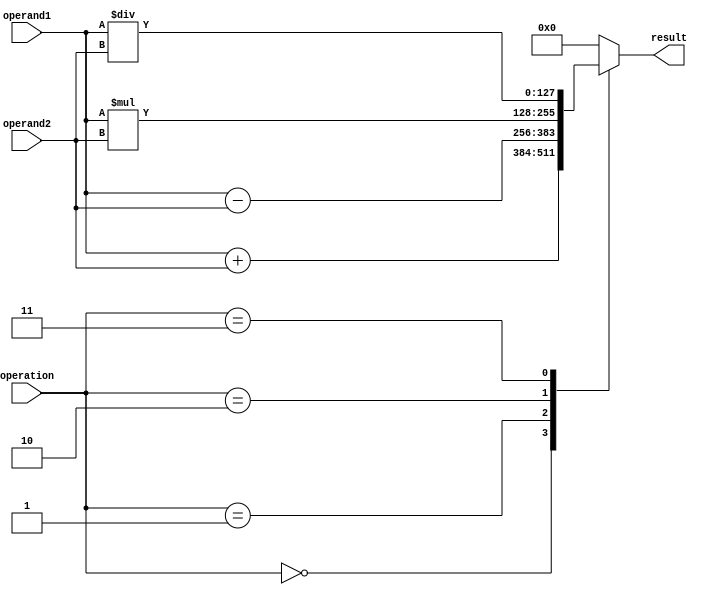
module quad_precision_fpu(
    input wire [127:0] operand1,
    input wire [127:0] operand2,
    input wire [2:0] operation,
    output reg [127:0] result
);

always @(*) begin
    case(operation)
        3'b000: result = operand1 + operand2; // addition
        3'b001: result = operand1 - operand2; // subtraction
        3'b010: result = operand1 * operand2; // multiplication
        3'b011: result = operand1 / operand2; // division
        // additional operations can be added here
        default: result = 128'b0; // default case
    endcase
end

endmodule